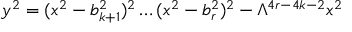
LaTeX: y ^ { 2 } = ( x ^ { 2 } - b _ { k + 1 } ^ { 2 } ) ^ { 2 } \ldots ( x ^ { 2 } - b _ { r } ^ { 2 } ) ^ { 2 } - \Lambda ^ { 4 r - 4 k - 2 } x ^ { 2 }